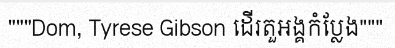
"""Dom, Tyrese Gibson ដើរតួអង្គកំប្លែង"""